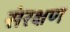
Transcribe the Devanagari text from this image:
संरक्षण